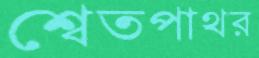
শ্বেতপাথর